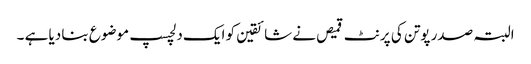
البتہ صدر پوتن کی پرنٹ قمیص نے شائقین کو ایک دلچسپ موضوع بنا دیا ہے ۔